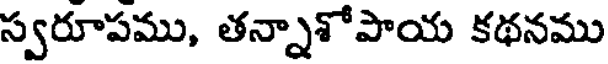
స్వరూపము, తన్నాశోపాయ కథనము